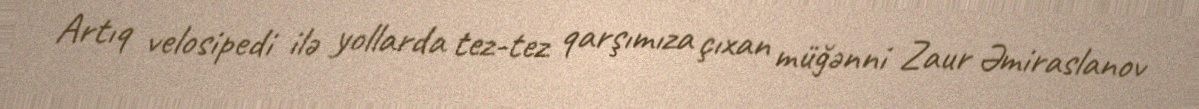
Artıq velosipedi ilə yollarda tez-tez qarşımıza çıxan müğənni Zaur Əmiraslanov